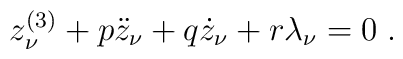
z^{(3)}_{\nu} + p \ddot{z}_{\nu} + q \dot{z}_{\nu} + r \lambda_{\nu} = 0 \; .